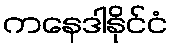
ကနေဒါနိုင်ငံ